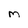
Character: M